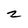
Character: 2